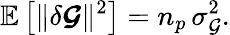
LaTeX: \mathbb{E}\left[\lVert\delta\boldsymbol{\mathcal{G}}\rVert^{2}\right]=n_{p}\, \sigma_{\mathcal{G}}^{2}.